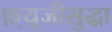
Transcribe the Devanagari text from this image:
फ़्यूजीसुद्धा